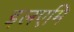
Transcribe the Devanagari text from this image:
इलएमि